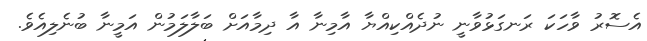
އެސޮރު ވާހަކަ ރަނގަޅުވާނީ ނުދެއްކިއްޔާ އާމިނާ އާ ދިމާއަށް ބަލާލަމުން އަމީނާ ބުނެލިއެވެ.